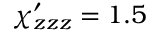
\chi _ { z z z } ^ { \prime } = 1 . 5